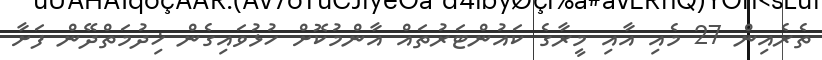
ތެރެއިން 27 މެއި އާއި މީރާގެ ކައުންޓަރުތައް އާންމުކޮށް ހުޅުވައިގެން ޚިދުމަތްދޭން ފަށާ